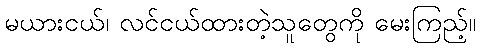
မယားငယ်၊ လင်ငယ်ထားတဲ့သူတွေကို မေးကြည့်။